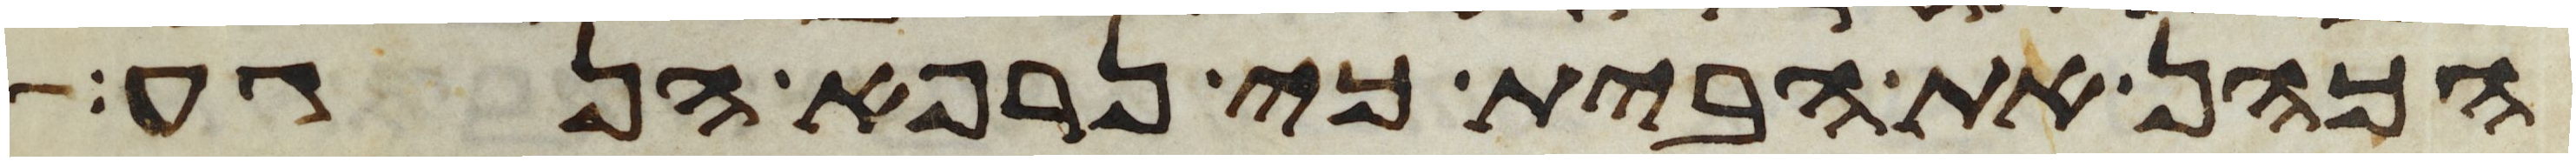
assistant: הכהן את הבית כי נרפא הנגע